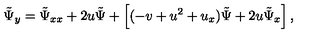
\tilde { \Psi } _ { y } = \tilde { \Psi } _ { x x } + 2 u \tilde { \Psi } + \left[ ( - v + u ^ { 2 } + u _ { x } ) \tilde { \Psi } + 2 u \tilde { \Psi } _ { x } \right] ,